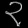
Digit: ၃